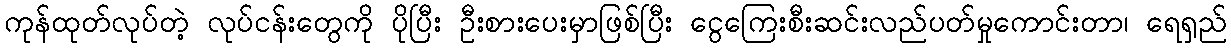
ကုန်ထုတ်လုပ်တဲ့ လုပ်ငန်းတွေကို ပိုပြီး ဦးစားပေးမှာဖြစ်ပြီး ငွေကြေးစီးဆင်းလည်ပတ်မှုကောင်းတာ၊ ရေရှည်